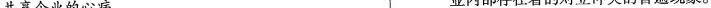
共享企业的心病。 业内部存在着的对立冲突的普遍现象。